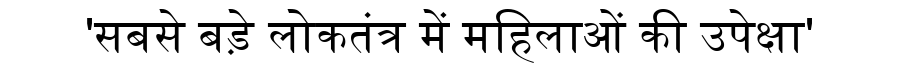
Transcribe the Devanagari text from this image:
'सबसे बड़े लोकतंत्र में महिलाओं की उपेक्षा'